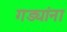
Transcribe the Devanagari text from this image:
गड्यांना